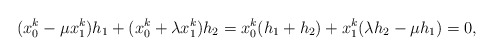
\begin{align*} (x_0^k-\mu x_1^k)h_1+(x_0^k+\lambda x_1^k)h_2 = x_0^k(h_1+h_2)+x_1^k(\lambda h_2-\mu h_1) = 0,\end{align*}